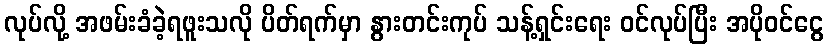
လုပ်လို့ အဖမ်းခံခဲ့ရဖူးသလို ပိတ်ရက်မှာ နွားတင်းကုပ် သန့်ရှင်းရေး ဝင်လုပ်ပြီး အပိုဝင်ငွေ